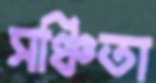
সঞ্চিতা